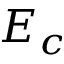
E _ { c }